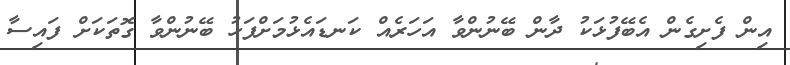
އިން ފެށިގެން އެބޭފުޅަކު ދާން ބޭނުންވާ އަހަރެއް ކަނޑައެޅުމަށްފަހު ބޭނުންވާ ގޮތަކަށް ފައިސާ